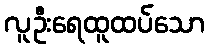
လူဦးရေထူထပ်သော